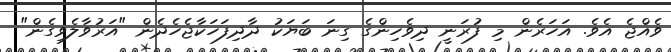
ވެއްޖެ އެވެ. އަހަރެން މި ފުރަނީ ދިވެހިންގެ ގިނަ ބަޔަކު ދާދިފަހަކާޖެހެދެން "އަރުވާލެވިގެން"